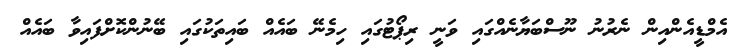
އެމްޑީއެންއިން ނެރުނު ނޫސްބަޔާނެއްގައި ވަނީ ރިޕޯޓުގައި ހިމެނޭ ބައެއް ބައިތަކުގައި ބޭނުންކޮށްފައިވާ ބައެއް